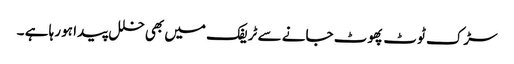
سڑک ٹوٹ پھوٹ جانے سے ٹریفک میں بھی خلل پیدا ہو رہا ہے ۔